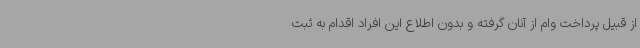
از قبیل پرداخت وام از آنان گرفته و بدون اطلاع این افراد اقدام به ثبت